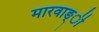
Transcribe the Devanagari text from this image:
मारवाङ्ी